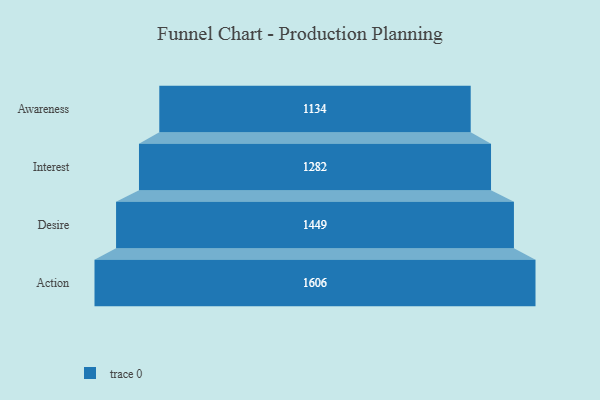
{"axis": {"x": "Stage", "y": "Value"}, "legend": [""], "data": [{"x": "Awareness", "y": 1134.0, "type": ""}, {"x": "Interest", "y": 1282.0, "type": ""}, {"x": "Desire", "y": 1449.0, "type": ""}, {"x": "Action", "y": 1606.0, "type": ""}]}